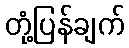
တုံ့ပြန်ချက်